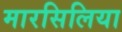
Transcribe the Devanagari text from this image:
मारसिलिया